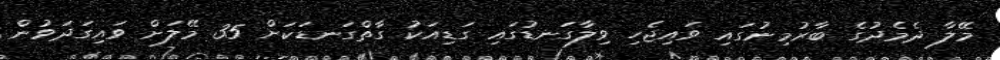
މޭލާ ދެމެދުގެ ބާރުމިނުގައި ވައިޖެހި ވިލާގަނޑުގައި ގަޑިއަކު ގާތްގަނޑަކަށް 35 މޭލަށް ވައިގަދަވުން